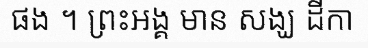
ផង ។ ព្រះអង្គ មាន សង្ឃ ដីកា